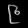
Digit: ၉